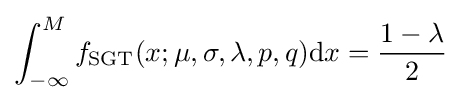
\int _{-\infty }^{M}f_{\text{SGT}}(x;\mu ,\sigma ,\lambda ,p,q)\mathrm {d} x={\frac {1-\lambda }{2}}